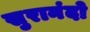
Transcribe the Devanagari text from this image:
सुरानंदो